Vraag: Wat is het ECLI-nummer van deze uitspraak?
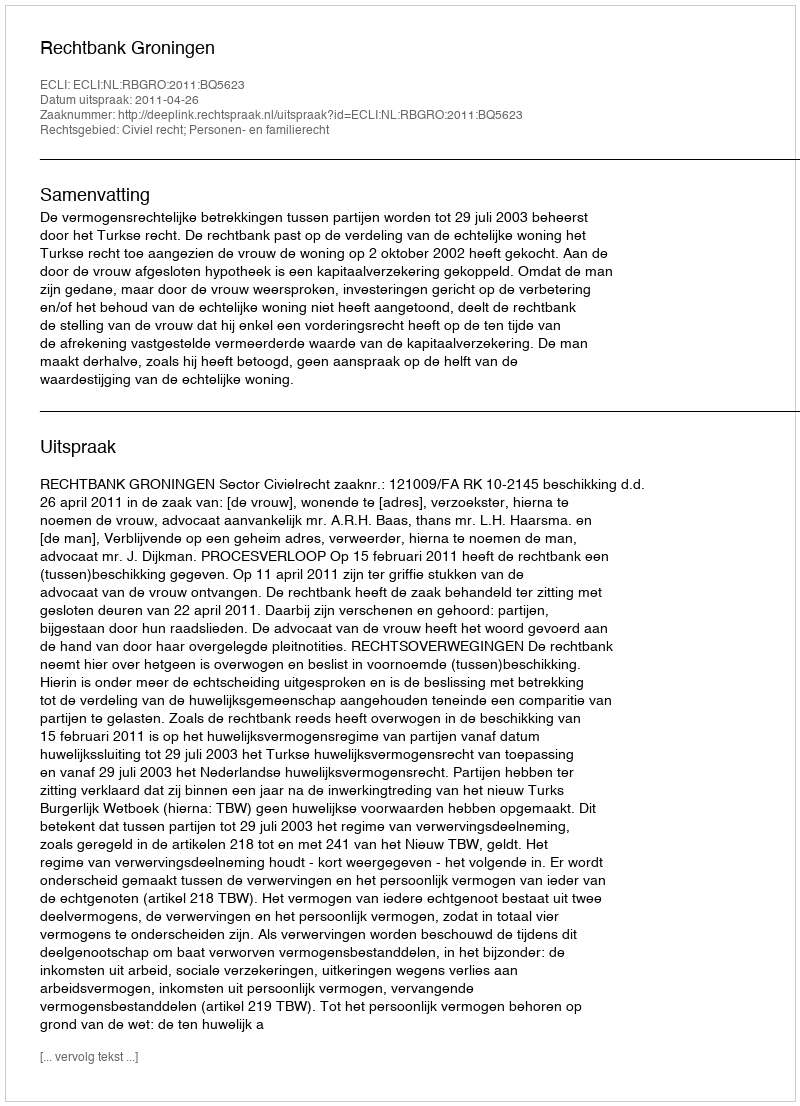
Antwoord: ECLI:NL:RBGRO:2011:BQ5623